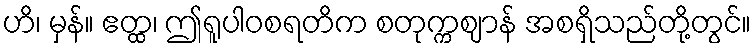
ဟိ၊ မှန်။ ဧတ္ထ၊ ဤရူပါဝစရတိက စတုက္ကဈာန် အစရှိသည်တို့တွင်။